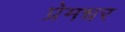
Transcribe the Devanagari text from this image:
प्रेमधर